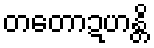
တတောဍဟန္တိ